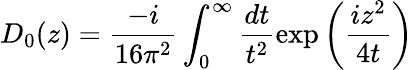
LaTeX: D_{0}(z)=\frac{-i}{16\pi^{2}}\int_{0}^{\infty}\frac{dt}{t^{2}}\exp\left(\frac{iz^{2}}{4t}\right)